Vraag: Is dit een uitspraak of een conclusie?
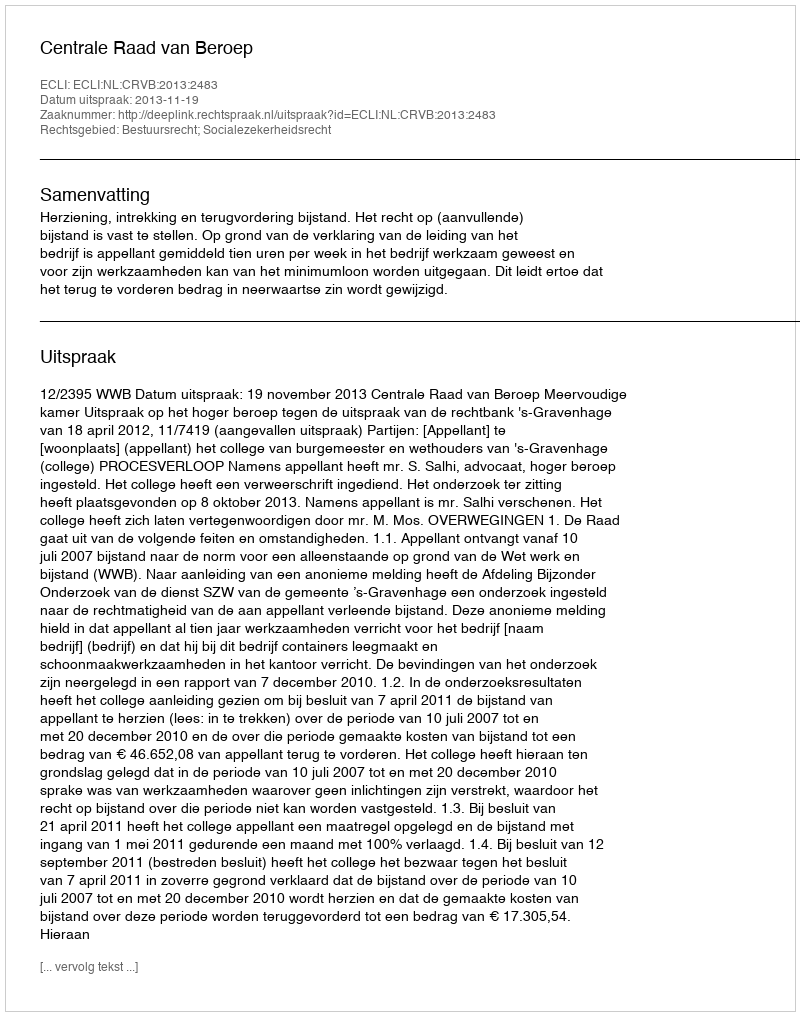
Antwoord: Uitspraak